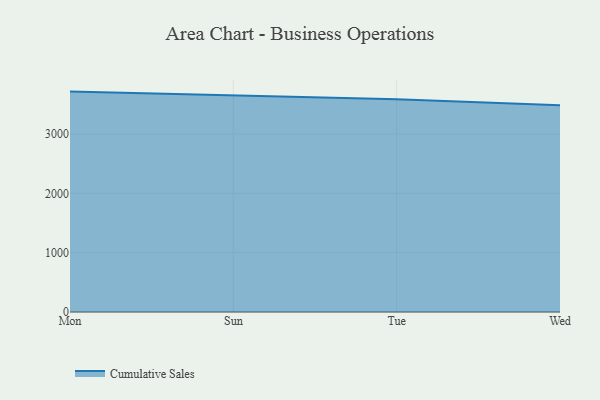
{"axis": {"x": "Day", "y": "Production Output"}, "legend": ["Cumulative Sales"], "data": [{"x": "Mon", "y": 3714.0, "type": "Cumulative Sales"}, {"x": "Sun", "y": 3649.5, "type": "Cumulative Sales"}, {"x": "Tue", "y": 3584.8, "type": "Cumulative Sales"}, {"x": "Wed", "y": 3483.7, "type": "Cumulative Sales"}]}